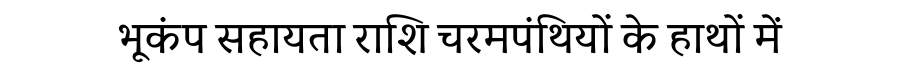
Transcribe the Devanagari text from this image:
भूकंप सहायता राशि चरमपंथियों के हाथों में